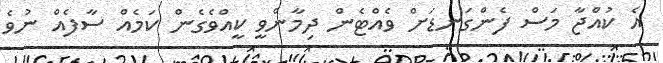
އެ ކުއްޖާ މަސް ފެންގަނޑަށް ވެއްޓެން ދިމާންވީ ކީއްވެގެން ކަމެއް ސާފެއް ނުވެ